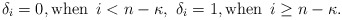
\begin{align*}\delta_{i}=0, {\mathrm{when}}\,\,\, i<n-\kappa,\,\,\delta_{i}=1,{\mathrm{when}}\,\,\, i \ge n-\kappa.\end{align*}